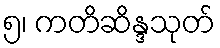
၅၊ ကတိဆိန္ဒသုတ်